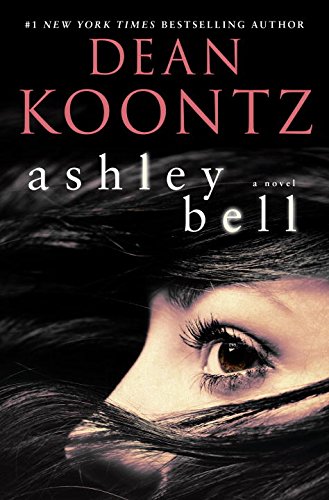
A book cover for Ashley Bell: A Novel; Dean Koontz; Mystery, Thriller & Suspense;